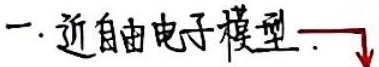
一. 近自由电子模型. $\searrow$